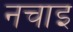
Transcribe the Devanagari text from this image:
नचाइ